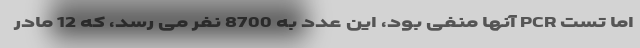
اما تست PCR آنها منفی بود، این عدد به 8700 نفر می رسد، که 12 مادر